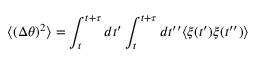
\langle ( \Delta \theta ) ^ { 2 } \rangle = \int _ { t } ^ { t + \tau } d t ^ { \prime } \int _ { t } ^ { t + \tau } d t ^ { \prime \prime } \langle \xi ( t ^ { \prime } ) \xi ( t ^ { \prime \prime } ) \rangle